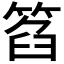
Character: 𥮛